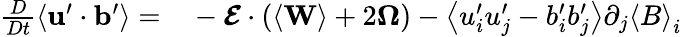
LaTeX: \begin{array}{rl}{\frac{D}{Dt}\left\langle\mathbf{u}^{\prime}\cdot\mathbf{b}^{\prime}\right\rangle=}&{{}-\boldsymbol{\mathcal{E}}\cdot\left(\left\langle\mathbf{W}\right\rangle+2\boldsymbol{\Omega}\right)-\left\langle u_{i}^{\prime}u_{j}^{\prime}-b_{i}^{\prime}b_{j}^{\prime}\right\rangle\partial_{j}\left\langle B\right\rangle_{i}}\end{array}